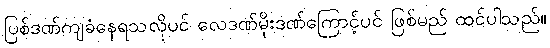
ပြစ်ဒဏ်ကျခံနေရသလိုပင် လေဒဏ်မိုးဒဏ်ကြောင့်ပင် ဖြစ်မည် ထင်ပါသည်။